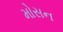
મોસન